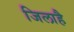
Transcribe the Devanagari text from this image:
जिलाहै